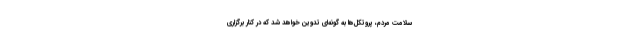
سلامت مردم، پروتکل‌ها به گونه‌ای تدوین خواهد شد که در کنار برگزاری